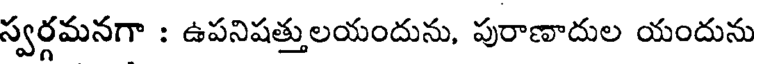
స్వర్గమనగా : ఉపనిషత్తులయందును, పురాణాదుల యందును